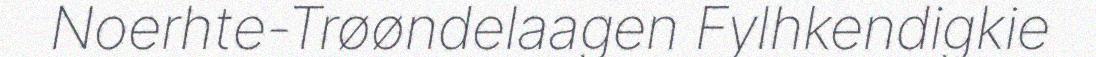
Noerhte-Trøøndelaagen Fylhkendigkie